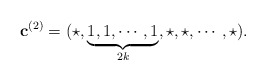
\begin{align*}\mathbf{c}^{(2)}=(\star,\underbrace{1,1,\cdots,1}_{2k},\star,\star,\cdots,\star).\end{align*}